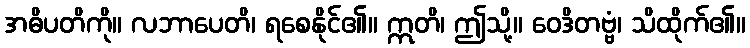
အဓိပတိကို။ လဘာပေတိ၊ ရစေနိုင်၏။ ဣတိ၊ ဤသို့။ ဝေဒိတဗ္ဗံ၊ သိထိုက်၏။